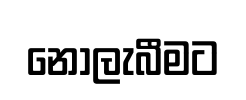
නොලැබීමට